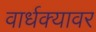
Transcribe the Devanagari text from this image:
वार्धक्यावर